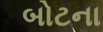
બોટના